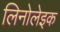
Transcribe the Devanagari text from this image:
लिनोलेइक